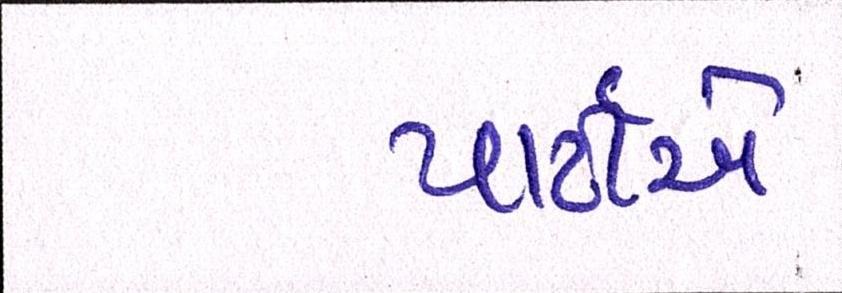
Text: પાર્ટીએ